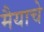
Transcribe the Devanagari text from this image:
मैयाचे